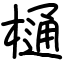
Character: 樋